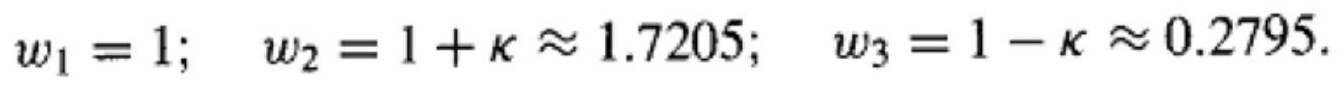
$w_{1}=1; \quad w_{2}=1+\kappa\approx 1.7205; \quad w_{3}=1-\kappa\approx 0.2795.$